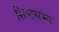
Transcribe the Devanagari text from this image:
शिष्टसभ्य